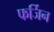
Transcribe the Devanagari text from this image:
फर्जिन